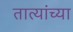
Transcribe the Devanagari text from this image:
तात्यांच्या